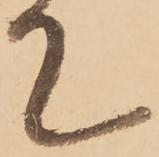
て